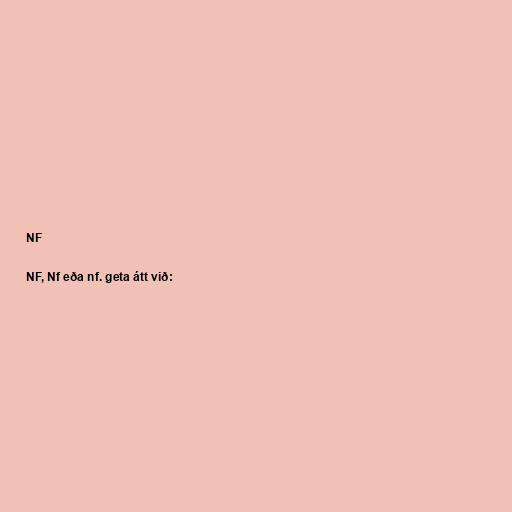
NF

NF, Nf eða nf. geta átt við: